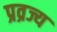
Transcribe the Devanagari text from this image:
प्रव्रज्य